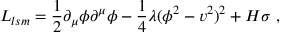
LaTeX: { \cal L } _ { l s m } = \frac { 1 } { 2 } \partial _ { \mu } \phi \partial ^ { \mu } \phi - \frac { 1 } { 4 } \lambda ( \phi ^ { 2 } - v ^ { 2 } ) ^ { 2 } + H \sigma \ ,